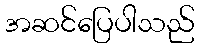
အဆင်ပြေပါသည်